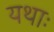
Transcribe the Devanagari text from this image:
यथाः